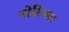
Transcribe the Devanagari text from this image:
नोरिअस